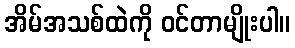
အိမ်အသစ်ထဲကို ဝင်တာမျိုးပါ။